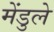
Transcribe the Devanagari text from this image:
मेंडुले